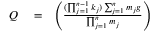
\begin{array} { r l r } { Q } & { { } = } & { \left( \frac { ( \prod _ { j = 1 } ^ { n - 1 } k _ { j } ) \sum _ { j = 1 } ^ { n } m _ { j } g } { \prod _ { j = 1 } ^ { n } m _ { j } } \right) } \end{array}